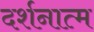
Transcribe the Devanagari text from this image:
दर्शनात्म